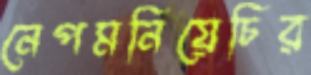
নেপমনিয়েচির